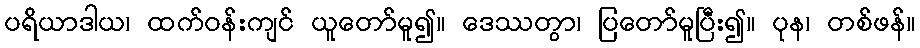
ပရိယာဒါယ၊ ထက်ဝန်းကျင် ယူတော်မူ၍။ ဒေဿတွာ၊ ပြတော်မူပြီး၍။ ပုန၊ တစ်ဖန်။